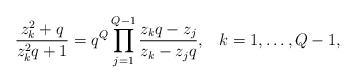
\begin{align*}\frac{z_k^2 + q}{z_k^2 q +1} = q^Q\prod_{j=1}^{Q-1} \frac{z_k q - z_j}{z_k - z_j q}, \hspace{10pt} k=1,\ldots,Q-1,\end{align*}